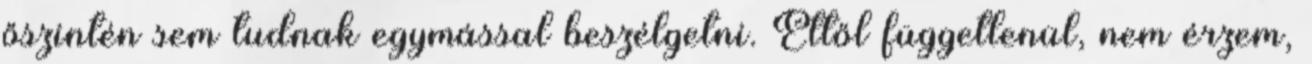
őszintén sem tudnak egymással beszélgetni. Ettől függetlenül, nem érzem,